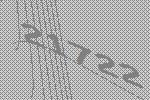
21722